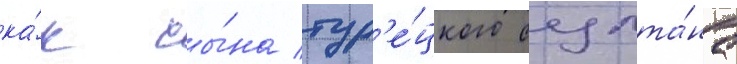
ка́к сы́на тур'е́цкого султа́на